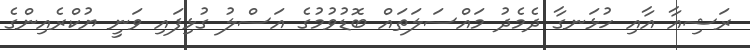
ރަޝިއާ އާއި ހުޅަނގާ ދެމެދު މައްސަލަތައް ބޮޑުވުމުގެ އަސްލު ގުޅިފައި ވަނީ ޔުކްރެއިންގެ